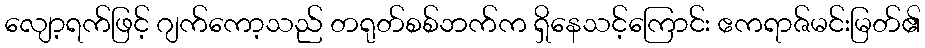
လျော့ရက်ဖြင့် ဂျက်ကော့သည် တရုတ်စစ်ဘက်က ရှိနေသင့်ကြောင်း ဧကရာဇ်မင်းမြတ်၏